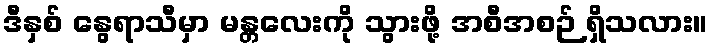
ဒီနှစ် နွေရာသီမှာ မန္တလေးကို သွားဖို့ အစီအစဉ် ရှိသလား။